Annual report on the working of the lock hospitals in the Central Provinces
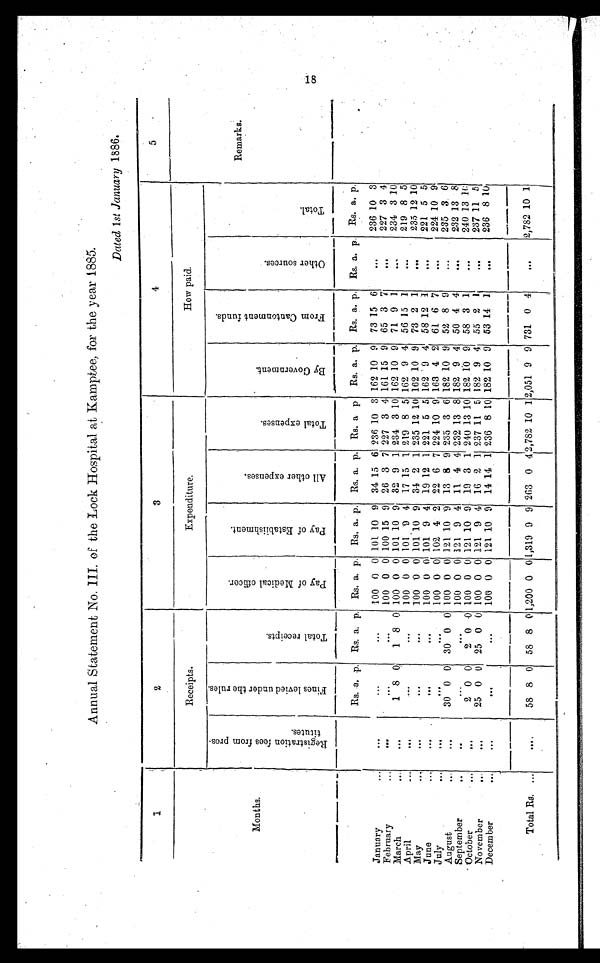
Annual Statement No. III. of the Lock Hospital at Kamptee, for the year 1885.
Dated 1 st January 1886.
1
2
3
4
5
Receipts.
Expenditure.
How paid.
Months.
R e g i s t r a t i n f e e s f r o m P r o s t i t u t e s .
F i n e s l e v i e d u n d e r t h e r u l e s
T o t a l r e c e i p t s .
P a y o f m e d i c a l o f f i c e r .
P a y o f E s t a b i i s h m e n t .
P a y o f e x p e n s e s .
T o t a l e x p e n s e s . B y G o v e r n m e n t .
F r o m C a n t o n m e n t f u n d s .
O t h e r s o u r c e s .
T o t a l .
Remarks.
Rs. a. p. Rs. a. p. Rs. a. p. Rs. a. p. Rs. a. p. Rs. a p Rs. a. p. Rs. a. p. Rs. a. p. Rs. a. p.
January
...
. . .
...
. . .
100 0 0 101 10 9 34 15 6 236 10 3 162 10 9 73 15 6
...
236 10 3
February
. . .
. . .
. . .
100 0 0 100 15 9 26 3 7 227 3 4 161 15 9 65 3 7
...
227 3 4
March
..
.
. . .
1 8 0 1 8 0 100 0 0 101 10 9 32 9 1 234 3 10 162 10 9 71 9 1
...
234 3 10
April
...
. . .
. . .
. . .
100 0 0 101 9 4 17 15 1 219 8 5 162 9 4 56 15 1
...
219 8 5
May
...
. . .
. . .
. . .
100 0 0 101 10 9 34 2 1 235 12 10 162 10 9 73 2 1
...
235 12 10
June
...
. . .
. . .
. . .
1 0 0 0 0 101 9 4 19 12 1 221 5 5 162 9 4 58 12 1
...
221 5 5
July
...
. . .
. . .
. . .
100 0 0 102 4 2 22 6 7 224 10 9 163 4 2 61 6 7
...
224 10 9
August
...
...
30 0 0 30 0 0 100 0 0 121 10 9 13 8 9 235 3 6 182 10 9 52 8 9
...
235 3 6
September
..
..
...
. . .
100 0 0 121 9 4 11 4 4 232 13 8 182 9 4 50 4 4
...
232 13 8
October
...
. . .
2 0 0 2 0 0 100 0 0 121 10 9 19 3 11 240 13 10 182 10 9 58 3 1
. . .
240 13 10
November
..
. . . 25 0 0 25 0 0 100 0 0 121 9 4 16 2 1 237 11 5 182 9 4 55 2 1
...
237 11 5
December
...
. . .
. . .
. . .
100 0 0 121 10 9 14 14 1 236 8 10 182 10 9 53 14 1
...
236 8 10
Total Rs. ...
...
58 8 0 58 8 0 1,200 0 0
1,319 9 9 263 0 4 2,782 10 12,051 9 9 731 0 4
...
2,782 10 1